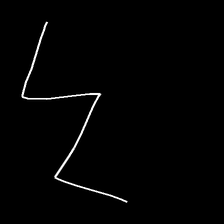
Glyph: crush